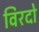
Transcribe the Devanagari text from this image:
विरदो